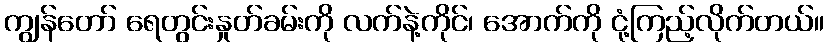
ကျွန်တော် ရေတွင်းနှုတ်ခမ်းကို လက်နဲ့ကိုင်၊ အောက်ကို ငုံ့ကြည့်လိုက်တယ်။